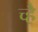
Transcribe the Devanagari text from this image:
च्है